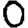
Digit: 0